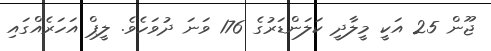
ޖޫން 25 އަކީ މީލާދީ ކަލަންޑަރުގެ 176 ވަނަ ދުވަހެވެ. ލީޕް އަހަރެއްގައި